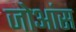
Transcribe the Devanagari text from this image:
जोआंस